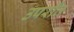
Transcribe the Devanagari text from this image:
उपराँत